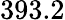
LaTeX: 393.2